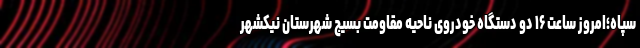
سپاه؛امروز ساعت ۱۶ دو دستگاه خودروی ناحیه مقاومت بسیج شهرستان نیکشهر